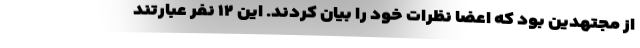
از مجتهدین بود که اعضا نظرات خود را بیان کردند. این ۱۲ نفر عبارتند